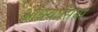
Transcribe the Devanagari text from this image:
आंध्रवासियों